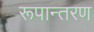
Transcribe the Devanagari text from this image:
रूपान्‍तरण